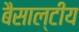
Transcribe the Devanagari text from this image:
बैसाल्टीय